Scottish Leaving Certificate Examination, 1956
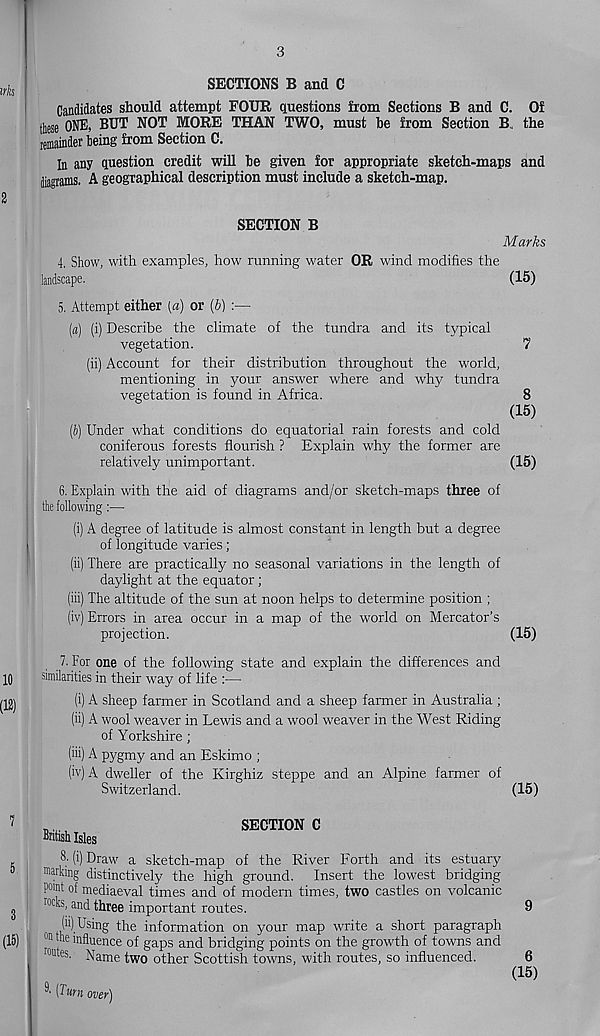
3
irks |
2
SECTIONS B and C
Candidates should attempt FOUR questions from Sections B and C. Of
these ONE, BUT NOT MORE THAN TWO, must he from Section B the
remainder being from Section C.
In any question credit will he given for appropriate sketch-maps and
diagrams. A geographical description must include a sketch-map.
SECTION B
Marks
4. Show, with examples, how running water OR wind modifies the
landscape.
(15)
5. Attempt either [a) or (6) :—
(a) (i) Describe the climate of the tundra and its typical
vegetation.
7
(ii) Account for their distribution throughout the world,
mentioning in your answer where and why tundra
vegetation is found in Africa.
8
(15)
(i) Under what conditions do equatorial rain forests and cold
coniferous forests flourish ? Explain why the former are
relatively unimportant.
(15)
6. Explain with the aid of diagrams and/or sketch-maps three of
the following :—•
(i) A degree of latitude is almost constant in length but a degree
of longitude varies;
(ii) There are practically no seasonal variations in the length of
daylight at the equator;
(iii) The altitude of the sun at noon helps to determine position ;
(iv) Errors in area occur in a map of the world on Mercator’s
projection.
(15)
10
(12)
7
5
3
(15)
7. For one of the following state and explain the differences and
similarities in their way of life :■—
(i) A sheep farmer in Scotland and a sheep farmer in Australia ;
(ii) A wool weaver in Lewis and a wool weaver in the West Riding
of Yorkshire;
(hi) A pygmy and an Eskimo ;
(iv)A dweller of the Kirghiz steppe and an Alpine farmer of
Switzerland.
(15)
British Isles
SECTION C
8- (i) Draw a sketch-map of the River Forth and its estuary
marking distinctively the high ground. Insert the lowest bridging
pomt of mediaeval times and of modern times, two castles on volcanic
roc “' an( i three important routes.
9
(ii) Using the information on your map write a short paragraph
on tlle influence of gaps and bridging points on the growth of towns and
mutes. Name two other Scottish towns, with routes, so influenced.
6
(!5
9 ' [Turn over)